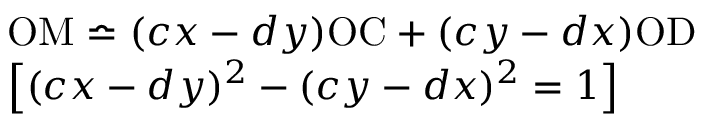
\begin{array} { l } { \mathrm { O M } \bumpeq ( c x - d y ) \mathrm { O C } + ( c y - d x ) \mathrm { O D } } \\ { \left[ ( c x - d y ) ^ { 2 } - ( c y - d x ) ^ { 2 } = 1 \right] } \end{array}